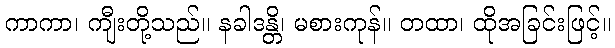
ကာကာ၊ ကျီးတို့သည်။ နခါဒန္တိ၊ မစားကုန်။ တထာ၊ ထိုအခြင်းဖြင့်။